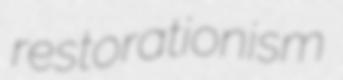
restorationism